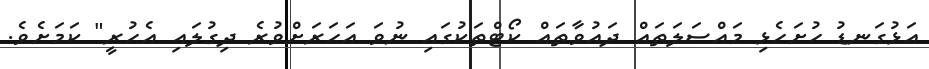
އަޅުގަނޑު ހުށަހެޅި މައްސަލަތައް ދައުވާތައް ކޯޓްތަކުގައި ނުވަ އަހަރަށްވުރެ ދިގުލައި އެހުރީ" ކަމަށެވެ.